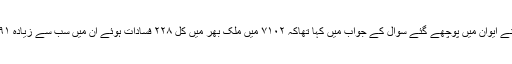
صوبے کے مرکزی وزیر دفاع ہنس راج اہر نے ایوان میں پوچھے گئے سوال کے جواب میں کہا تھاکہ ۷۱۰۲ میں ملک بھر میں کل ۲۲۸ فسادات ہوئے ان میں سب سے زیادہ ۵۹۱ فسادات صرف صوبہ اتر پردیش میں ہوئے۔